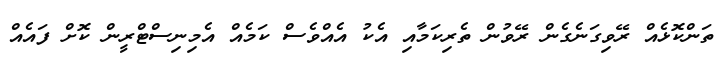
ތަންކޮޅެއް ރޭވިގަނެގެން ރޭވުން ތެރިކަމާއި އެކު އެއްވެސް ކަމެއް އެމިނިސްޓްރީން ކޮށް ފައެއް